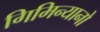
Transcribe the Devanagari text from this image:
गिमिन्यानो